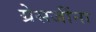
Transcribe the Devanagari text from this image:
ग्रेसजींना